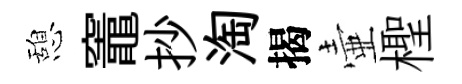
憩竈抄淘揭壷檉